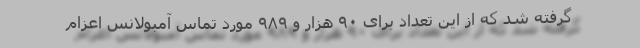
گرفته شد که از این تعداد برای ٩٠ هزار و ٩٨٩ مورد تماس آمبولانس اعزام